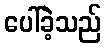
ပေါ်ခဲ့သည်